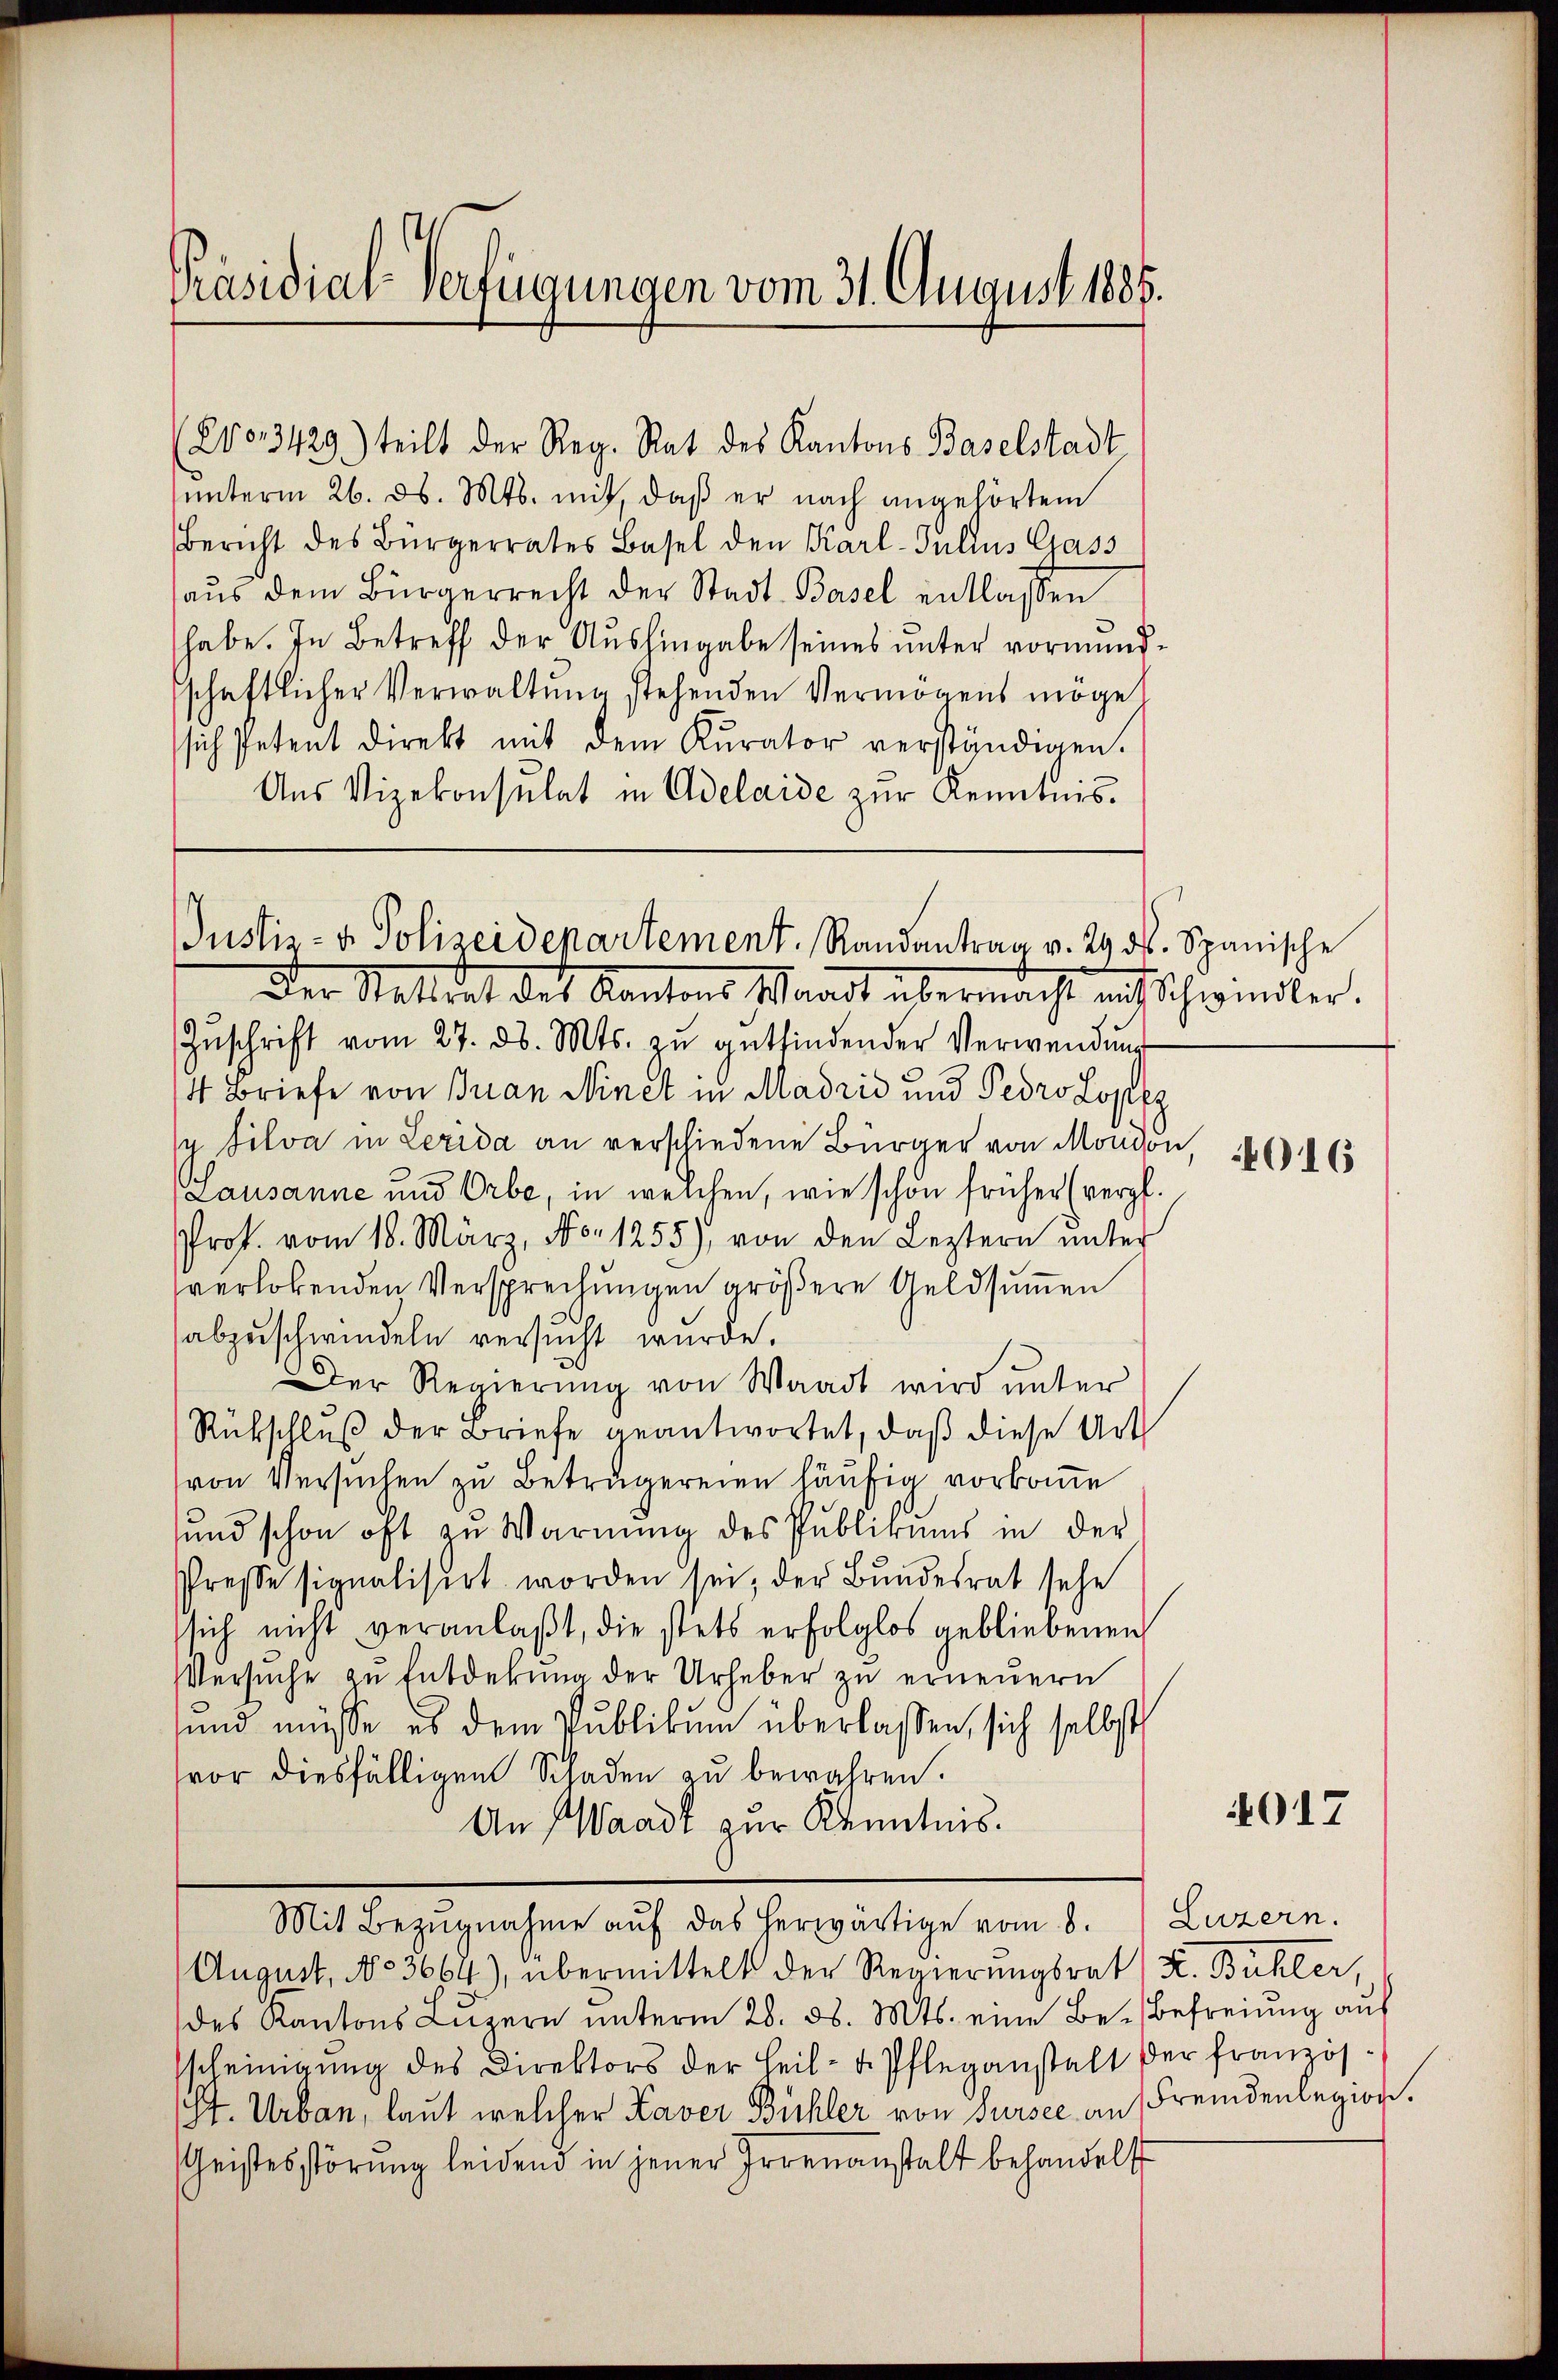
Präsidial-Verfügungen vom 31. August 1885.

(2o3429.) teilt der Reg. Rat des Kantons Baselstadt
unterm 26. ds. Mts. mit, daß er nach angehörtem
Bericht des Bürgerrates Basel den Karl-Julius Gass
aŭs dem Bürgerrecht der Stadt Basel entlassen
habe. In Betreff der Aushingabe seines unter vormundschaftlicher Verwaltŭng stehenden Vermögens möge
sich Petent direkt mit dem Kurator verständigen.
Aus Vizekonsulat in Adelaide zur Kenntnis.

Justiz- & Polizeidepartement. Randantrag v. 29. ds. Spanische

Der Statthat des Kantons, Waadt übermacht mit Schwinder.
Zŭschrift vom 27. ds. Mts. zŭ entfindender Verwendung
4 Briefe von Bran Ninet in Madrid und Pero Lopez
u Silva in Lerida an verschiedene Bürger von Moudon
Lausanne und Orbe, in weichen, wie schon früher (verpf
Prof. vom 18. März, No. 1255), von den Leztern ŭnter
verlobenden Versprechungen größere Geldsummen
abzuschwindeln versucht wurde.
Der Regierung von Waadt wird unter
Rückschluß der Briefe geantwortet, daß diese Art
von Versuchen zu Betrugereien häufig vorkomme
sund schon oft zu Warnung des Publikums in der
Presse signalisirt worden sei, der Bundesrat sehe
sich nicht veranlaßt, die stets erfolglos gebliebenen
Versuche zu Entdekung der Urheber zu erneuern
und müsse es dem Publikum überlassen, sich selbst
vor diesfälligen Schaden zu bewahren.
An Waadt zur Kenntnis.
Mit Bezŭgnahme aŭf das herwärtige vom 8. Luzern.
August, No 3664), übermittelt der Regierungsrat K. Bühler,
des Kantons Luzern unterm 28. d. Mts. eine Be- Befreiung auf
sscheinigŭng des Direktors der Heil- u. Pflegenstalt der französ.
S. Urban, laut welcher Laver Büchler von Sursee an Fremdenlegion.
Geistesstörung leidend in jener Irrenanstalt behandelt

016

4017